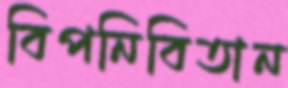
বিপনিবিতান